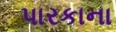
પારકાના